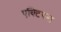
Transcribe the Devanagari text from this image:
एक्टियस